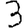
Digit: 3